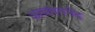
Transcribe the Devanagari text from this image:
आलंबनभेद